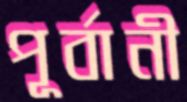
পূর্বানী